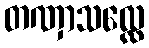
တဏှာသလ္လေ